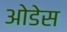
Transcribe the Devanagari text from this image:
ओडेस